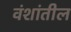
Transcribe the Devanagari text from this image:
वंशांतील